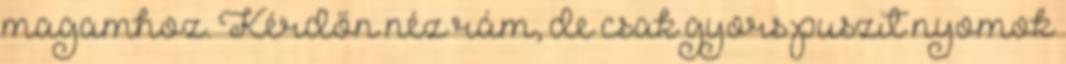
magamhoz. Kérdőn néz rám, de csak gyors puszit nyomok